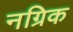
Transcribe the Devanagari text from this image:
नग्रिक